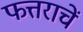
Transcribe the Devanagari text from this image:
फत्तराचें